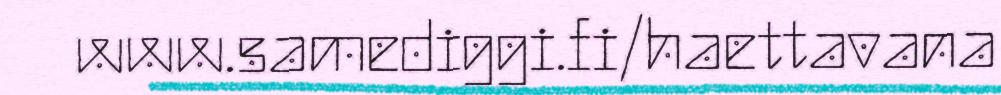
www.samediggi.fi/haettavana